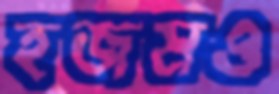
হজমও